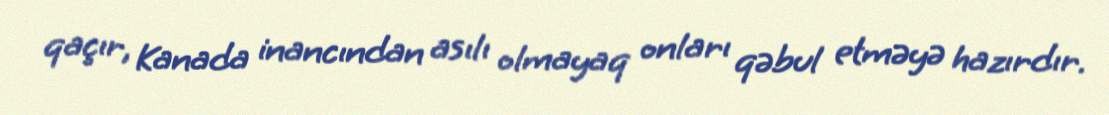
qaçır, Kanada inancından asılı olmayaq onları qəbul etməyə hazırdır.